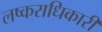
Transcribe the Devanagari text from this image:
लष्कराधिकारी